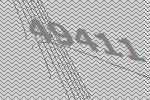
49411